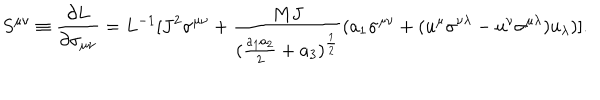
LaTeX: S ^ { \mu \nu } \equiv { \frac { \partial L } { \partial \sigma _ { \mu \nu } } } = L ^ { - 1 } [ J ^ { 2 } \sigma ^ { \mu \nu } + { \frac { M J } { { ( { \frac { a _ { 1 } a _ { 2 } } { 2 } } + a _ { 3 } } ) ^ { \frac { 1 } { 2 } } } } ( a _ { 1 } \sigma ^ { \mu \nu } + ( u ^ { \mu } \sigma ^ { \nu \lambda } - u ^ { \nu } \sigma ^ { \mu \lambda } ) u _ { \lambda } ) ] .